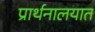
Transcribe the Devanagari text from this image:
प्रार्थनालयात